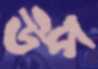
উপ